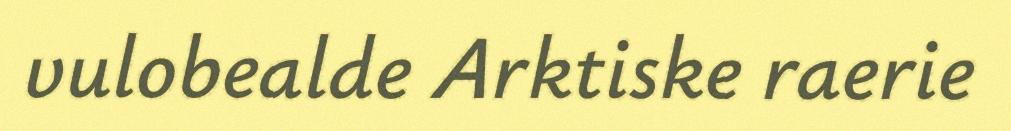
vulobealde Arktiske raerie